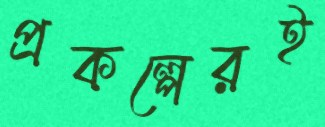
প্রকল্পেরই